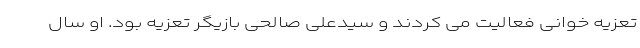
تعزیه خوانی فعالیت می کردند و سیدعلی صالحی بازیگر تعزیه بود. او سال